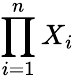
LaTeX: \prod_{i=1}^{n}X_{i}